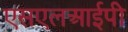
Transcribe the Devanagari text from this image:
एसएलआईपी